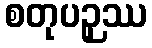
စတုပဉှဿ